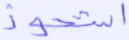
استحوذ